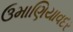
ઉમાણિયાવદર